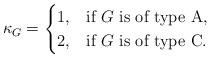
LaTeX: \begin{align*}\kappa_G = \begin{cases} 1, & \textrm{if }G\textrm{ is of type A}, \\2, & \textrm{if }G\textrm{ is of type C}. \end{cases}\end{align*}